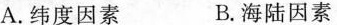
A.纬度因素 B.海陆因素